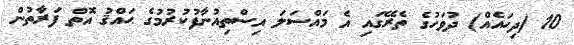
10 (ދިހައެއް) ދުވަހުގެ ތެރޭގައި އެ މައްސަލަ އިސްތިއުނާފުކުރުމުގެ ޙައްޤު އޮތް ފަރާތުން